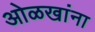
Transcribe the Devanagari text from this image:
ओळखांना